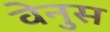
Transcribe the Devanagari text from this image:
वेनुस